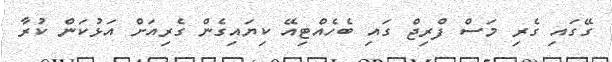
ގޭގައި ގެރި މަސް ފްރިޖް ގައި ބެހެއްޓިއޭ ކިޔައިގެން ގެރިއަށް އަޅުކަން ކުރާ